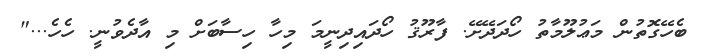
ބެހޭގޮތުން މަޢުލޫމާތު ހޯދަދޭށޭ. ފާރޫޤު ހޯދައިދިނީމަ މިހާ ހިސާބަށް މި އާދެވުނީ. ހެހެ..."